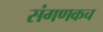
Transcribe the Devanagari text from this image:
संगणकच